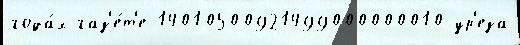
года́х газ'е́т'е 14010500921499000000010 ур'еза